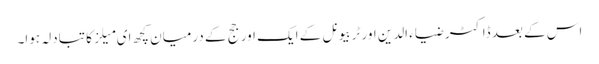
اس کے بعد ڈاکٹر ضیاء الدین اور ٹربیونل کے ایک اور جج کے درمیان کچھ ای میلز کا تبادلہ ہوا۔